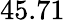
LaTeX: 45.71